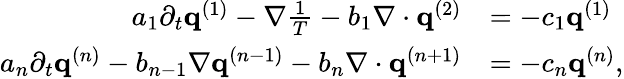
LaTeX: \begin{array}{rl}{a_{1}\partial_{t}\mathbf q^{(1)}-\nabla\frac{1}{T}-b_{1}\nabla\cdot\mathbf q^{(2)}}&{=-c_{1}\mathbf q^{(1)}}\\ {a_{n}\partial_{t}\mathbf q^{(n)}-b_{n-1}\nabla\mathbf q^{(n-1)}-b_{n}\nabla\cdot\mathbf q^{(n+1)}}&{=-c_{n}\mathbf q^{(n)},}\end{array}